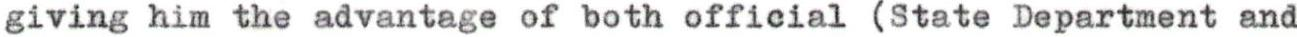
giving him the advantage of both official (State Department and